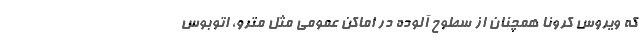
که ویروس کرونا همچنان از سطوح آلوده در اماکن عمومی مثل مترو، اتوبوس